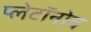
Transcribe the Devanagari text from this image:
प्लेटॉनोव